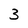
Character: 3